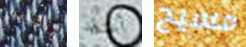
ونهاية أعتقد مسيح